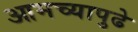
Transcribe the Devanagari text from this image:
आमच्यापुढे